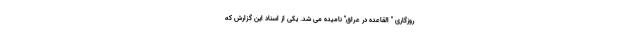
روزگاری " القاعده در عراق" نامیده می شد. یکی از اسناد این گزارش که